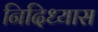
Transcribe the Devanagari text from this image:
निदिध्यास